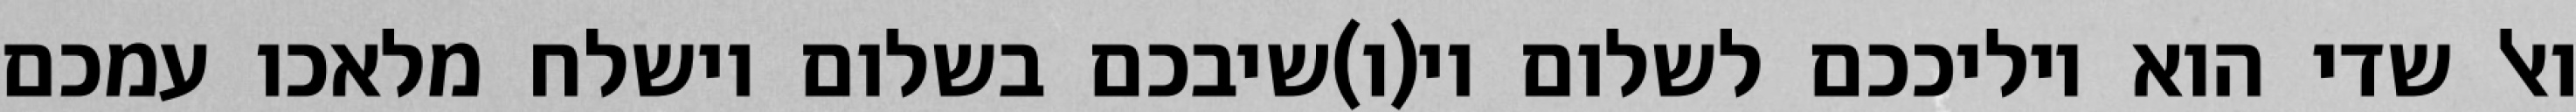
ואל שדי הוא יוליככם לשלום וי(ו)שיבכם בשלום וישלח מלאכו עמכם